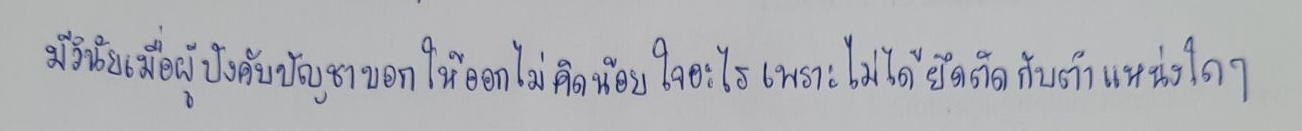
มีวินัยเมื่อผู้บังคับบัญชาบอกให้ออกไม่คิดน้อยใจอะไรเพราะไม่ได้ยึดติดกับตำแหน่งใดๆ